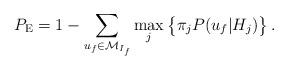
LaTeX: \begin{align*}P_\mathrm{E}=1-\sum_{{{u}}_f\in \mathcal{M}_{I_{f}}} \max_{j} \big\{\pi_{j}P({{u}}_f\vert H_{j})\big\}\,.\end{align*}